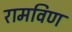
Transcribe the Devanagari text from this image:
रामविण